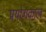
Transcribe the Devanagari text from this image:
प्रयोगकाल